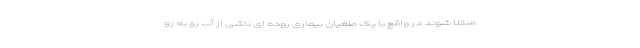
مبتلا شوند در واقع با یک طغیان بیماری روده ای ناشی از آب رو به رو